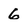
Character: 6